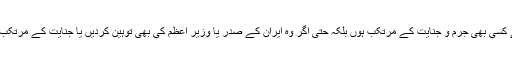
جس بہانے سے بھی ایران میں داخل ہوں اور پھر وہ چاہے کسی بھی جرم و جنایت کے مرتکب ہوں بلکہ حتی اگر وہ ایران کے صدر یا وزیر اعظم کی بھی توہین کردیں یا جنایت کے مرتکب ہوں تو کسی کو ان پر اعتراض کرنے کا حق حاصل نہیں۔